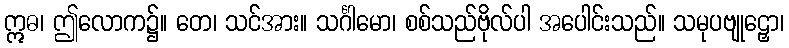
ဣဓ၊ ဤလောက၌။ တေ၊ သင်အား။ သင်္ဂါမော၊ စစ်သည်ဗိုလ်ပါ အပေါင်းသည်။ သမုပဗျုဠှော၊